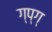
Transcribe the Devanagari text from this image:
ग्प्ग्